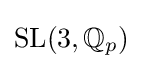
\mathrm {SL} (3,\mathbb {Q} _{p})